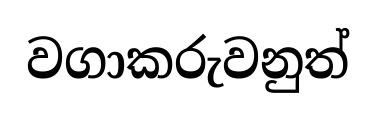
වගාකරුවනුත්